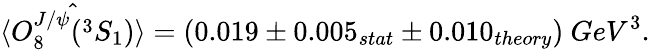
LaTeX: \langle\hat{O_{8}^{J/\psi}(^{3}S_{1})}\rangle=(0.019\pm 0.005_{stat}\pm 0.010_{theory})~GeV^{3}.